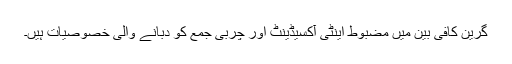
گرین کافی بین میں مضبوط اینٹی آکسیڈینٹ اور چربی جمع کو دبانے والی خصوصیات ہیں۔